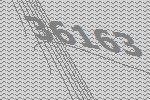
36163